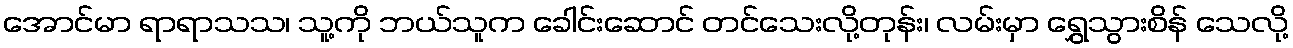
အောင်မာ ရာရာသသ၊ သူ့ကို ဘယ်သူက ခေါင်းဆောင် တင်သေးလို့တုန်း၊ လမ်းမှာ ရွှေသွားစိန် သေလို့